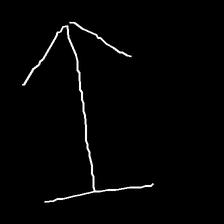
Glyph: levitation